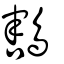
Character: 鶷